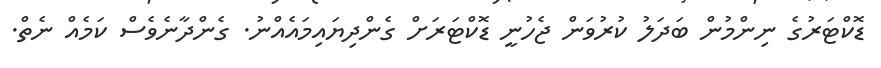
ޑޮކްޓަރުގެ ނިންމުން ބަދަލު ކުރުވަން ޖެހުނީ ޑޮކްޓަރަށް ގެންދިޔައިމައެއްނު. ގެންދާނެވެސް ކަމެއް ނެތް.